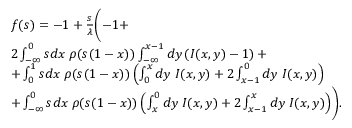
\begin{array} { r l } & { f ( s ) = - 1 + \frac { s } { \lambda } \Biggl ( - 1 + } \\ & { 2 \int _ { - \infty } ^ { 0 } s d x \; \rho ( s ( 1 - x ) ) \int _ { - \infty } ^ { x - 1 } d y \left( I ( x , y ) - 1 \right) + } \\ & { + \int _ { 0 } ^ { 1 } s d x \; \rho ( s ( 1 - x ) ) \left( \int _ { 0 } ^ { x } d y \; I ( x , y ) + 2 \int _ { x - 1 } ^ { 0 } d y \; I ( x , y ) \right) } \\ & { + \int _ { - \infty } ^ { 0 } s d x \; \rho ( s ( 1 - x ) ) \left( \int _ { x } ^ { 0 } d y \; I ( x , y ) + 2 \int _ { x - 1 } ^ { x } d y \; I ( x , y ) \right) \Biggr ) . } \end{array}